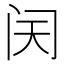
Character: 𬮜